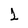
Character: 1